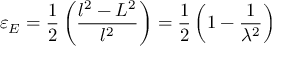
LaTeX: \ \varepsilon _ { E } = { \frac { 1 } { 2 } } \left( { \frac { l ^ { 2 } - L ^ { 2 } } { l ^ { 2 } } } \right) = { \frac { 1 } { 2 } } \left( 1 - { \frac { 1 } { \lambda ^ { 2 } } } \right)